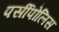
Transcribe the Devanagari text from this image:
पर्सीपोलिस